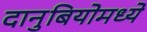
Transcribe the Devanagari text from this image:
दानुबियोमध्ये